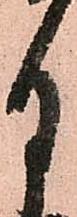
月